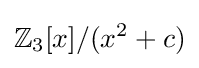
\mathbb {Z} _{3}[x]/(x^{2}+c)